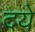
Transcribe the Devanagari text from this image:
दये